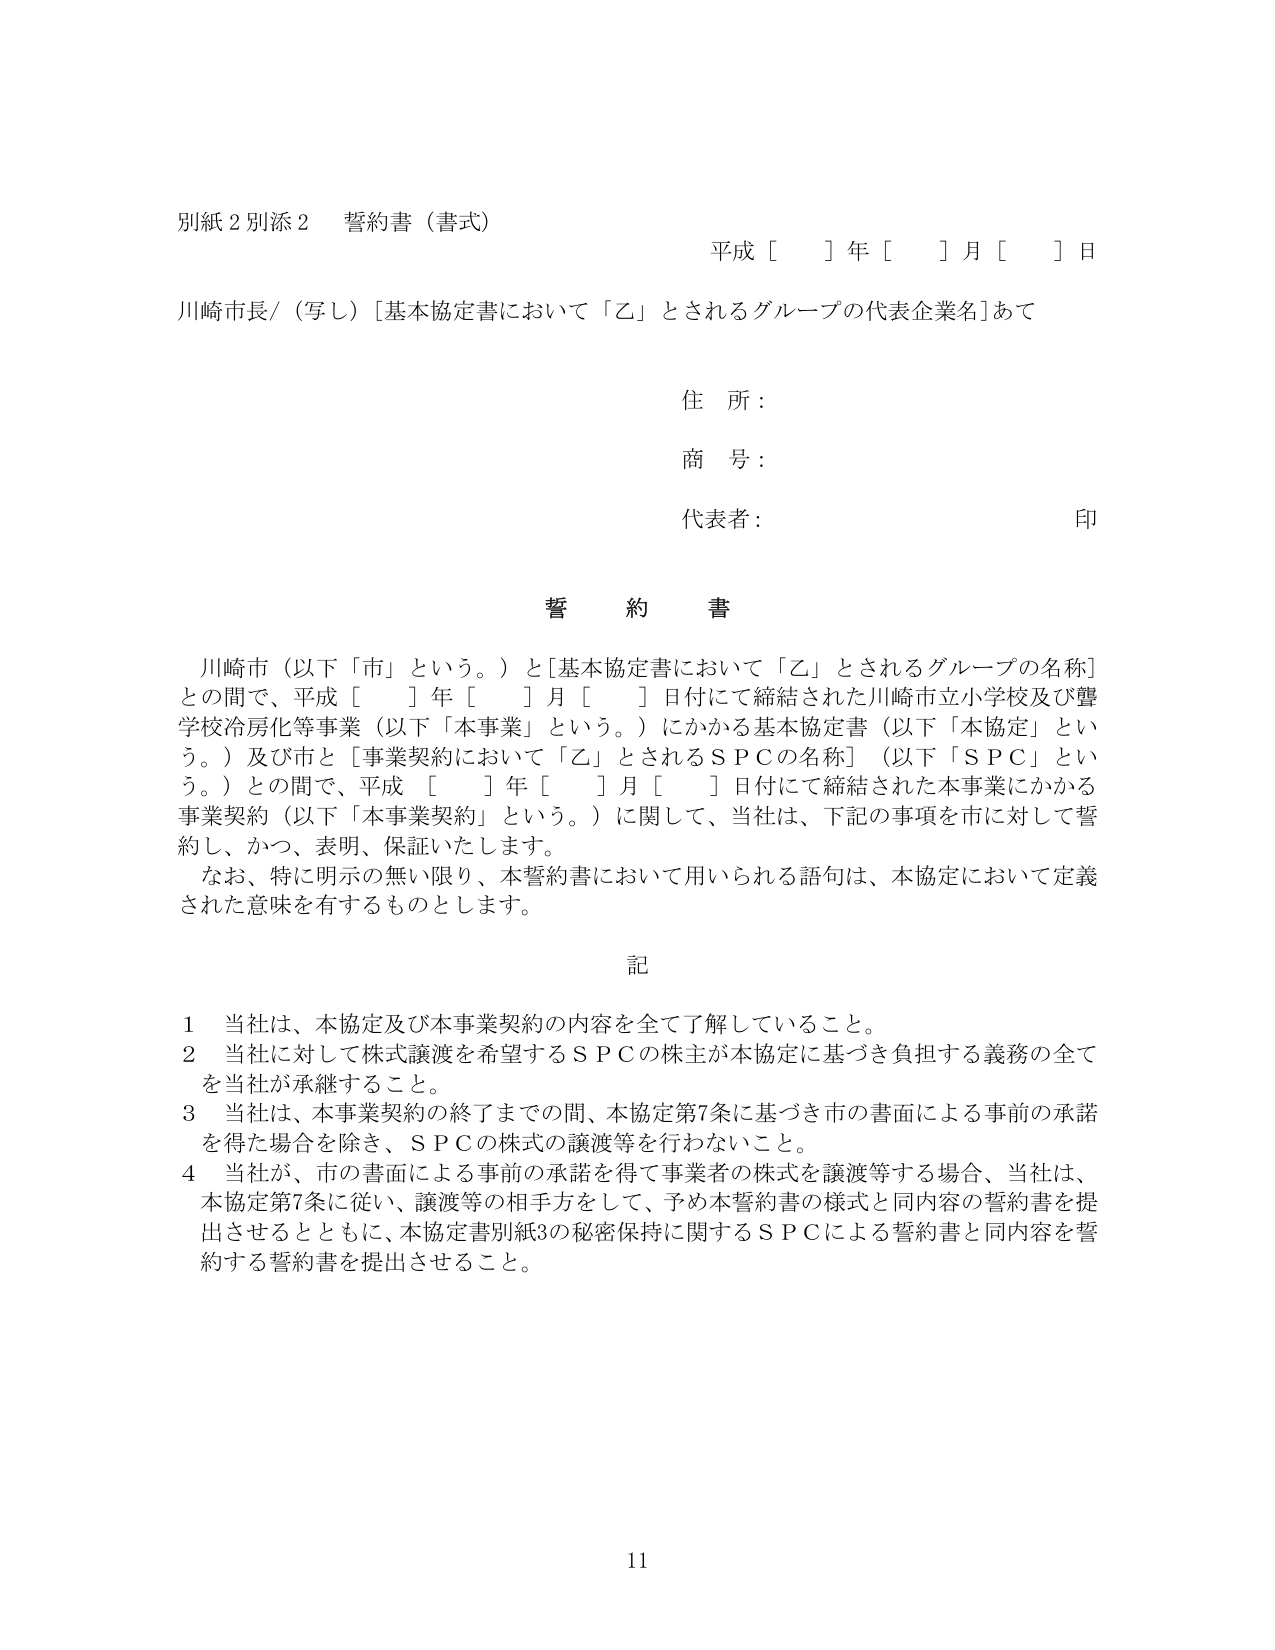
別紙２別添２ 誓約書（書式）
平成［ ］年［ ］月［ ］日

川崎市長／（写し）［基本協定書において「乙」とされるグループの代表企業名］あて

住 所：
商 号：
代表者： 印

誓 約 書

川崎市（以下「市」という。）と［基本協定書において「乙」とされるグループの名称］との間で、平成［ ］年［ ］月［ ］日付にて締結された川崎市立小学校及び聾学校冷房化等事業（以下「本事業」という。）にかかる基本協定書（以下「本協定」という。）及び市と［事業契約において「乙」とされるＳＰＣの名称］（以下「ＳＰＣ」という。）との間で、平成［ ］年［ ］月［ ］日付にて締結された本事業にかかる事業契約（以下「本事業契約」という。）に関して、当社は、下記の事項を市に対して誓約し、かつ、表明、保証いたします。

なお、特に明示の無い限り、本誓約書において用いられる語句は、本協定において定義された意味を有するものとします。

記

１ 当社は、本協定及び本事業契約の内容を全て了解していること。
２ 当社に対して株式譲渡を希望するＳＰＣの株主が本協定に基づき負担する義務の全てを当社が承継すること。
３ 当社は、本事業契約の終了までの間、本協定第７条に基づき市の書面による事前の承諾を得た場合を除き、ＳＰＣの株式の譲渡等を行わないこと。
４ 当社が、市の書面による事前の承諾を得て事業者の株式を譲渡等する場合、当社は、本協定第７条に従い、譲渡等の相手方として、予め本誓約書の様式と同内容の誓約書を提出させるとともに、本協定書別紙３の秘密保持に関するＳＰＣによる誓約書と同内容を誓約する誓約書を提出させること。

11